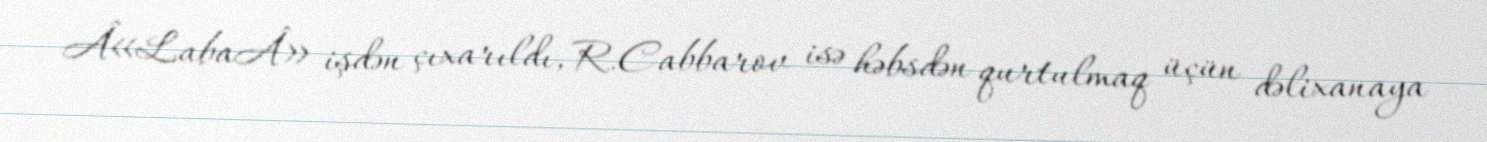
Â«LabaÂ» işdən çıxarıldı, R.Cabbarov isə həbsdən qurtulmaq üçün dəlixanaya